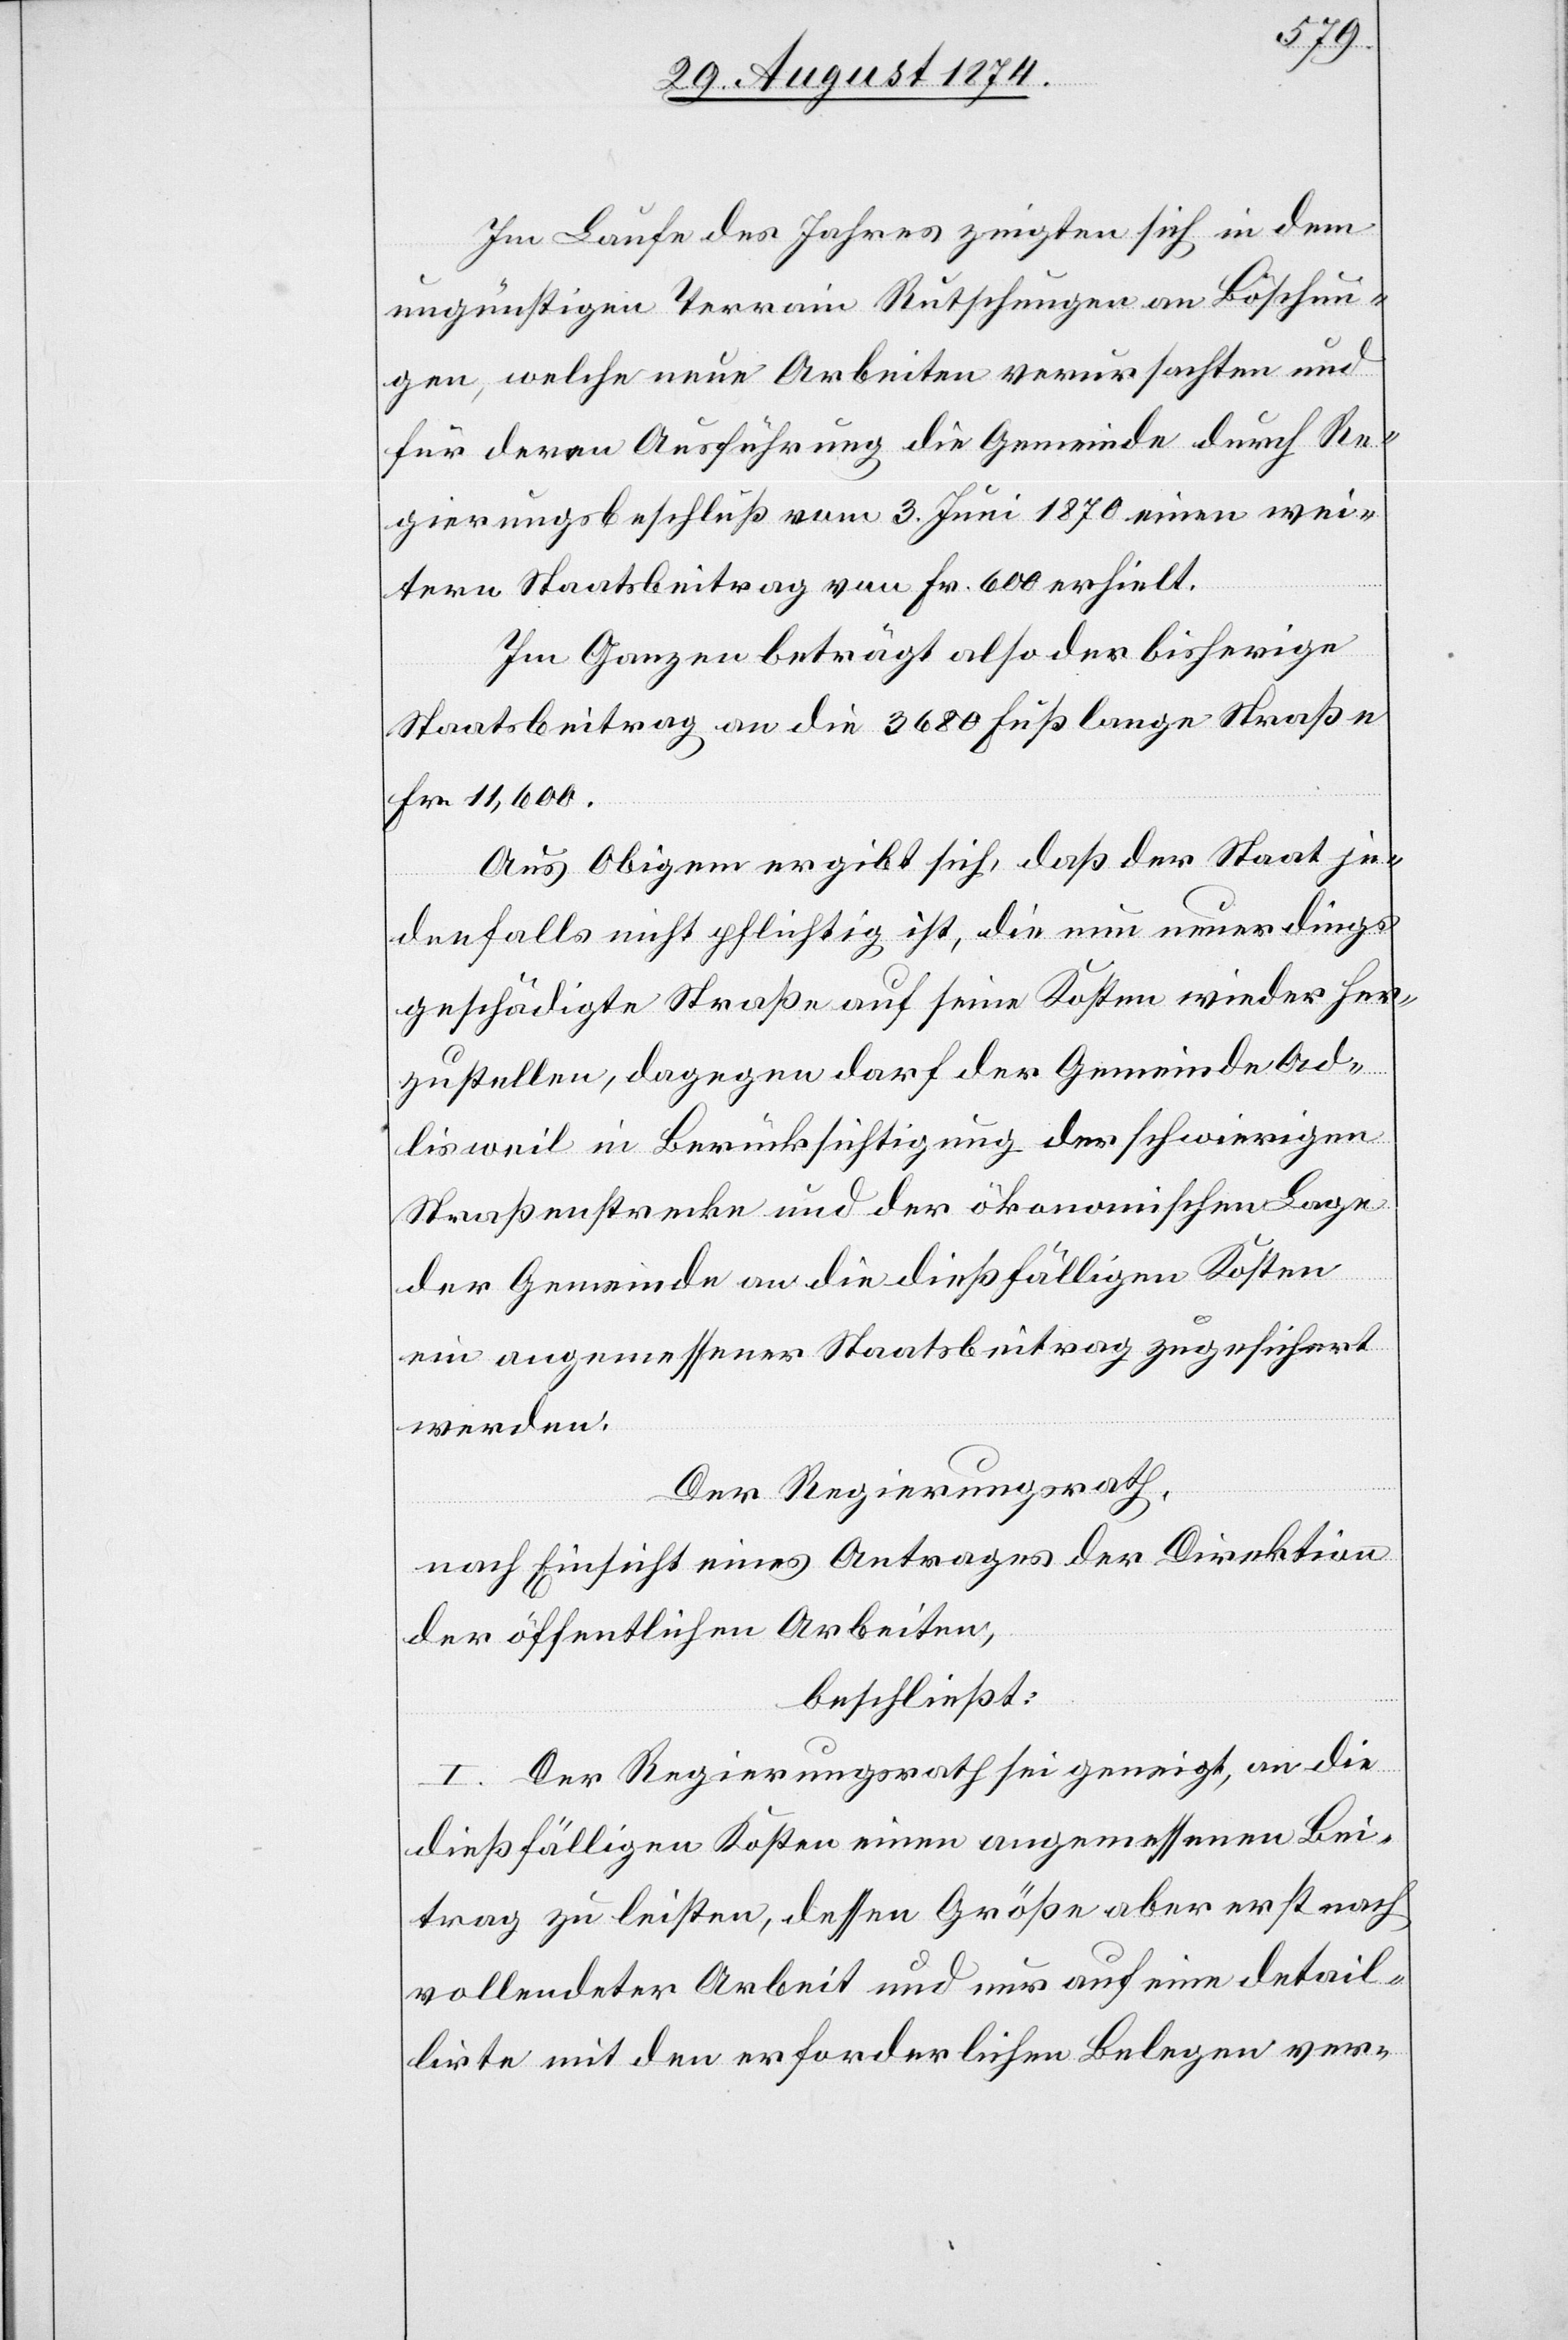
Im Laufe des Jahres zeigten sich in dem
ungünstigen Terrain Rutschungen an Böschun¬
gen, welche neue Arbeiten verursachten und
für deren Ausführung die Gemeinde durch Re¬
gierungsbeschluß vom 3. Juni 1870 einen wei¬
tern Staatsbeitrag von Fr. 600 erhielt.
Im Ganzen beträgt also der bisherige
Staatsbeitrag an die 3680 Fuß lange Straße
Fr. 11,600.
Aus Obigem ergibt sich, daß der Staat je¬
denfalls nicht pflichtig ist, die nun neuerdings
geschädigte Straße auf seine Kosten wieder her¬
zustellen, dagegen darf der Gemeinde Ad¬
lisweil in Berücksichtigung der schwierigen
Straßenstrecke und der ökonomischen Lage
der Gemeinde an die dießfälligen Kosten
ein angemessener Staatsbeitrag zugesichert
werden.
Der Regierungsrath,
nach Einsicht eines Antrages der Direktion
der öffentlichen Arbeiten,
beschließt:
I. Der Regierungsrath sei geneigt, an die
dießfälligen Kosten einen angemessenen Bei¬
trag zu leisten, dessen Größe aber erst nach
vollendeter Arbeit und nur auf eine detail¬
lirte mit den erforderlichen Belegen ver-